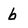
Character: b